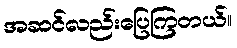
အဆင်လည်းပြေကြတယ်။